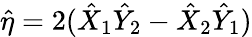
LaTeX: \hat{\eta}=2(\hat{X}_{1}\hat{Y}_{2}-\hat{X}_{2}\hat{Y}_{1})